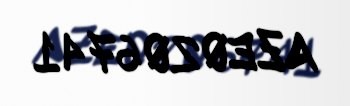
AZE0206741